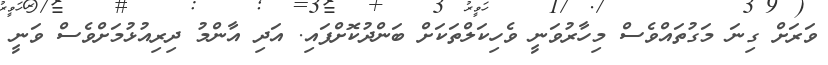
ވަރަށް ގިނަ މަގުތައްވެސް މިހާރުވަނީ ވެހިކަލްތަކަށް ބަންދުކޮށްފައި. އަދި އާންމު ދިރިއުޅުމަށްވެސް ވަނީ